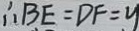
\therefore B E = D F = y